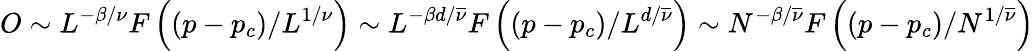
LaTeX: O\sim L^{-\beta/\nu}F\left((p-p_{c})/L^{1/\nu}\right)\sim L^{-\beta d/\overline{{\nu}}}F\left((p-p_{c})/L^{d/\overline{{\nu}}}\right)\sim N^{-\beta/\overline{{\nu}}}F\left((p-p_{c})/N^{1/\overline{{\nu}}}\right)